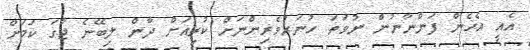
އެއީ އެހެން ފަންނާނުން ނުވަތަ ހުނަރުވެރިންނަށް ކުރިއަށް ދާން ލިބޭނެ ޖާގަ ކަމަށް